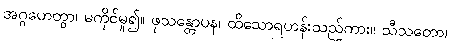
အဂ္ဂဟေတွာ၊ မကိုင်မူ၍။ ဖုသန္တောပန၊ ထိသောရဟန်းသည်ကား။ သီသတော၊